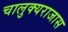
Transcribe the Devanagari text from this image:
चालुक्यराजास